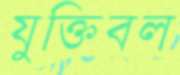
যুক্তিবল